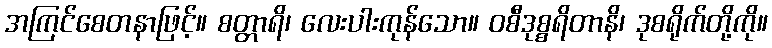
အကြင်စေတနာဖြင့်။ စတ္တာရိ၊ လေးပါးကုန်သော။ ဝစီဒုစ္စရိတာနိ၊ ဒုစရိုက်တို့ကို။